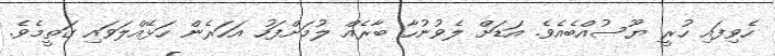
ހެވިފައި ހުރީ ޔޫސުއްބެއެވެ. އަޑަށް ލެވުނުހާ ބާރެއް ލުމަށްފަހު އަހަރެން ހަޅޭއްލަވައި ގަތީމެވެ.